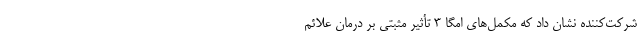
شرکت‌کننده نشان داد که مکمل‌های امگا ۳ تأثیر مثبتی بر درمان علائم